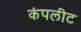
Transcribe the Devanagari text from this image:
कंपलीट